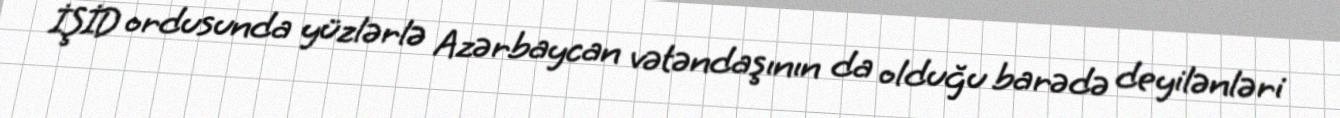
İŞİD ordusunda yüzlərlə Azərbaycan vətəndaşının da olduğu barədə deyilənləri